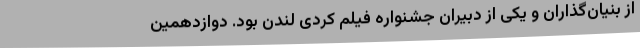
از بنیان‌گذاران و یکی از دبیران جشنواره فيلم کُردی لندن بود. دوازدهمين